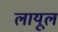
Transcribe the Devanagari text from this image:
लायूल